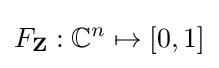
F_{\mathbf {Z} }:\mathbb {C} ^{n}\mapsto [0,1]